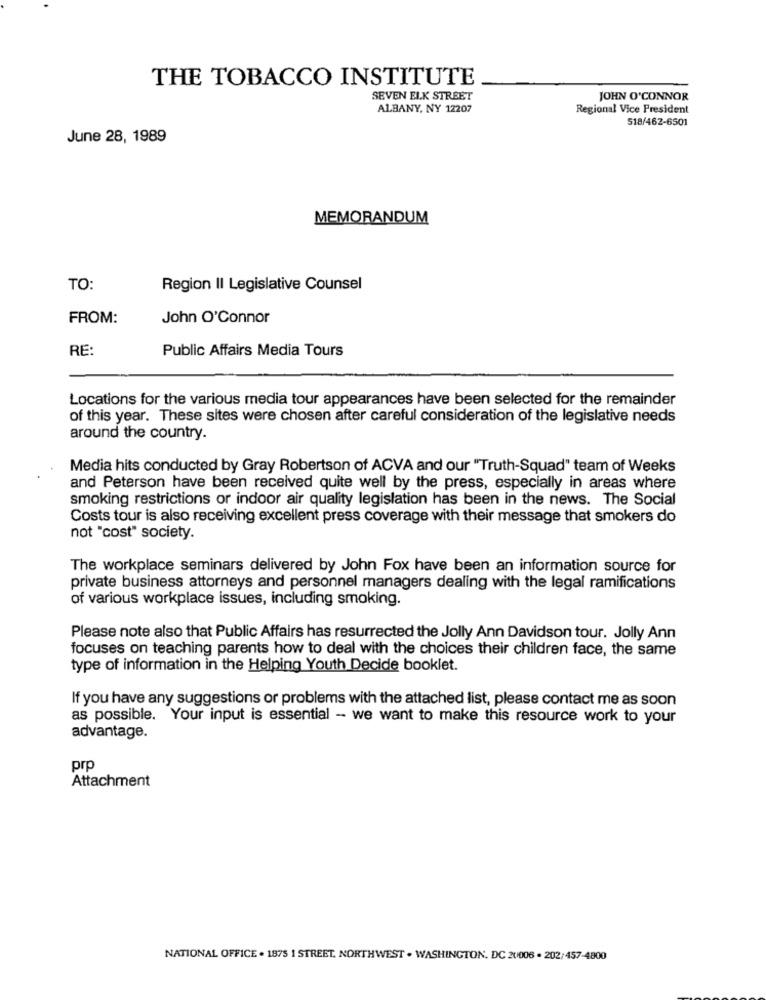
THE TOBACCO INSTITUTE
SEVEN ELK STREET
JOHN O'CONNOR
ALBANY, NY 12207
Regional Vice President
518/462-6501
June 28, 1989
MEMORANDUM
TO:
Region II Legislative Counsel
FROM:
John O'Connor
RE:
Public Affairs Media Tours
Locations for the various media tour appearances have been selected for the remainder
of this year. These sites were chosen after careful consideration of the legislative needs
around the country.
Media hits conducted by Gray Robertson of ACVA and our "Truth-Squad" team of Weeks
and Peterson have been received quite well by the press, especially in areas where
smoking restrictions or indoor air quality legislation has been in the news. The Social
Costs tour is also receiving excellent press coverage with their message that smokers do
not "cost" society.
The workplace seminars delivered by John Fox have been an information source for
private business attorneys and personnel managers dealing with the legal ramifications
of various workplace issues, including smoking.
Please note also that Public Affairs has resurrected the Jolly Ann Davidson tour. Jolly Ann
focuses on teaching parents how to deal with the choices their children face, the same
type of information in the Helping Youth Decide booklet.
If you have any suggestions or problems with the attached list, please contact me as soon
as possible. Your input is essential - we want to make this resource work to your
advantage.
prp
Attachment
NATIONAL OFFICE . 1875 I STREET, NORTHWEST . WASHINGTON, DC 20006 . 202/457-4800